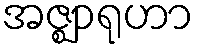
အဇ္ဈာရုဟာ